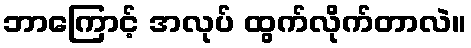
ဘာကြောင့် အလုပ် ထွက်လိုက်တာလဲ။